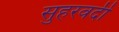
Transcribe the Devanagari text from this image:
सुहरवर्दी